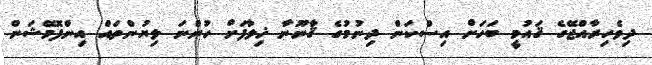
ދިވެހިރާއްޖޭގެ ޤައުމީ ބަހަށް އިސްކަން ދިނުމުގެ ޤާނޫނާ ޚިލާފަށް ހުންނަ ލިޔުންތައް އިންފޮމޭޝަން